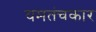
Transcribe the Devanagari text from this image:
यमतंचकार